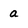
Character: a